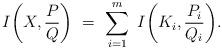
LaTeX: \begin{align*}I\bigg(X,\frac{P}{Q}\bigg)\ = \ \sum\limits_{i=1}^m \ I\bigg(K_i,\frac{P_i}{Q_i}\bigg).\end{align*}